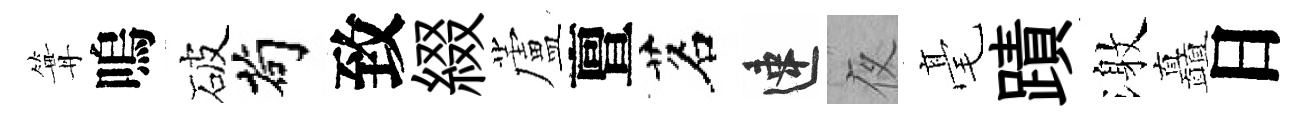
篝嗚破茍致綴蘆亶茗速夜毫蹟激矗日